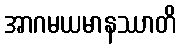
အာဂမယမာနဿာတိ